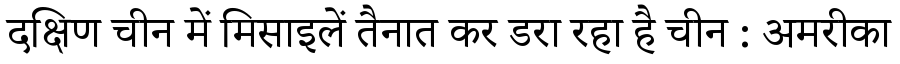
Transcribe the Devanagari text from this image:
दक्षिण चीन में मिसाइलें तैनात कर डरा रहा है चीन : अमरीका